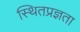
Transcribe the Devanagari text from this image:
स्थितप्रज्ञता